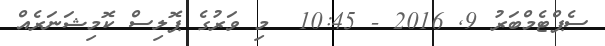
ސެޕްޓެމްބަރު 9